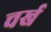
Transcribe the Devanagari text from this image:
चर्ख